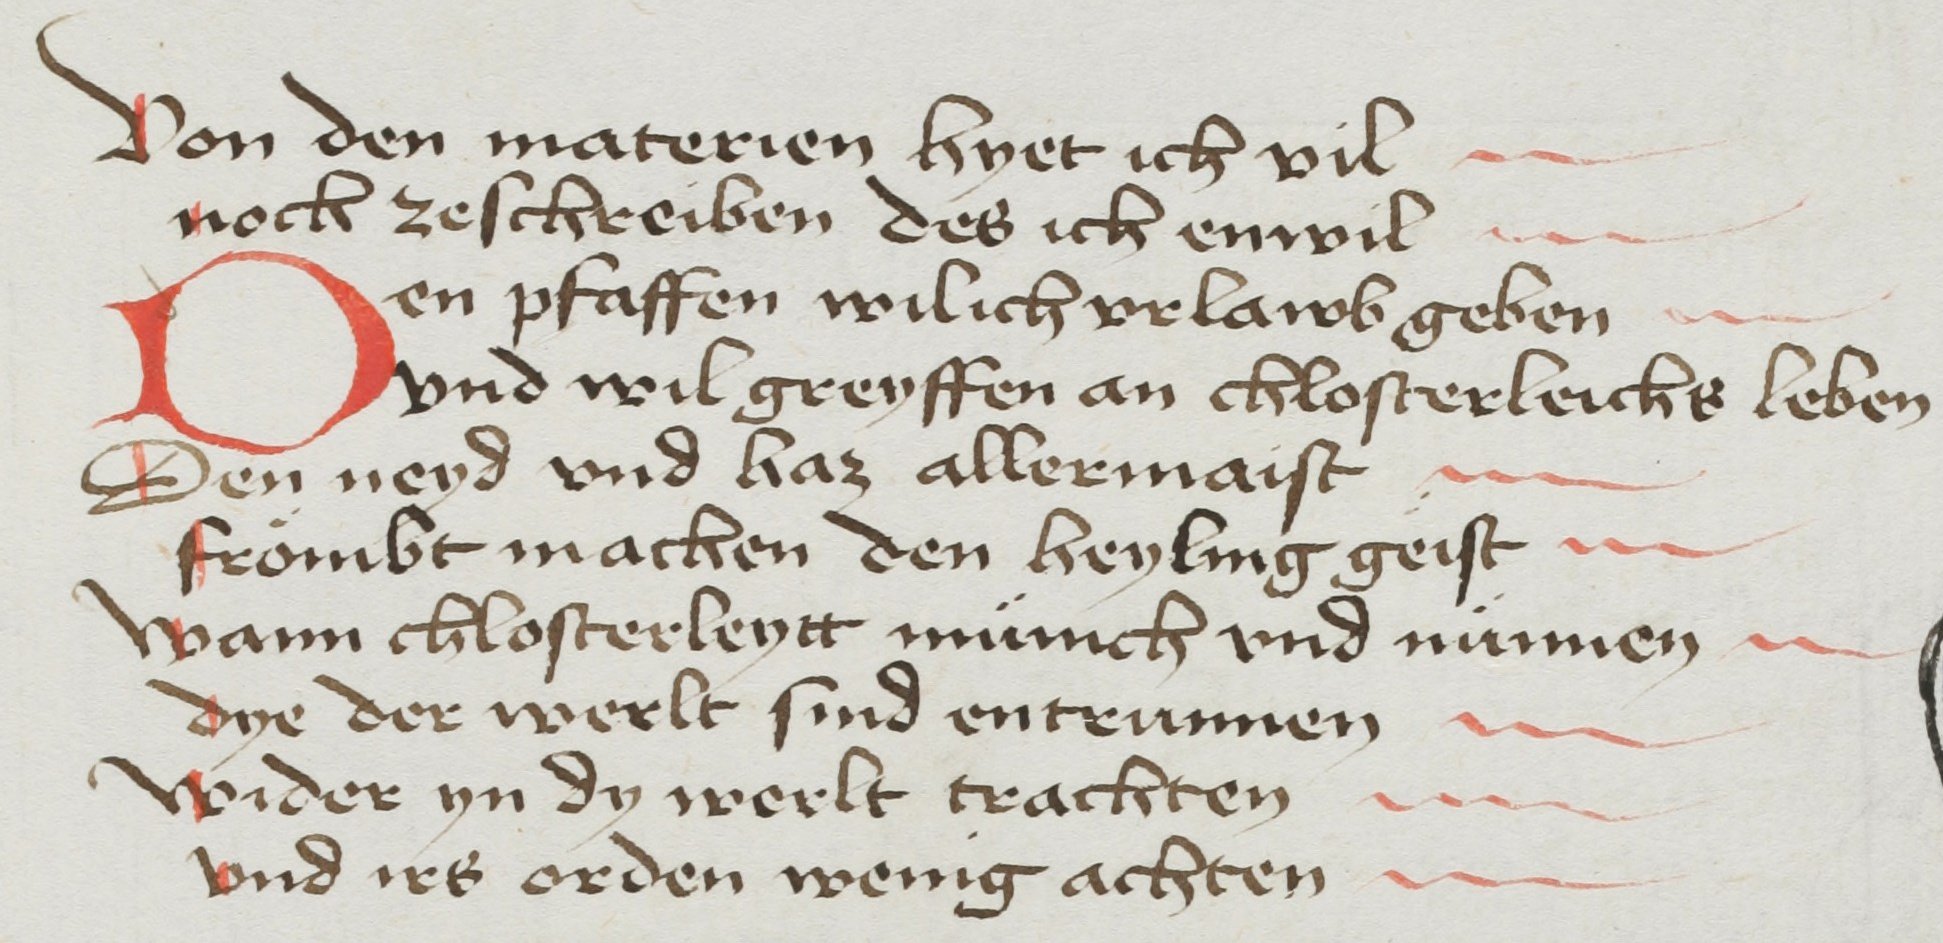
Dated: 1468–1468